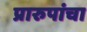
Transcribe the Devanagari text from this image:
प्रारुपांचा